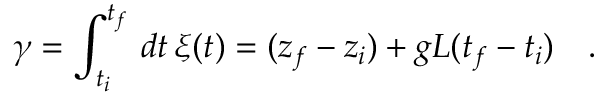
\gamma = \int _ { t _ { i } } ^ { t _ { f } } \, d t \, \xi ( t ) = ( z _ { f } - z _ { i } ) + g L ( t _ { f } - t _ { i } ) \ \ \ .